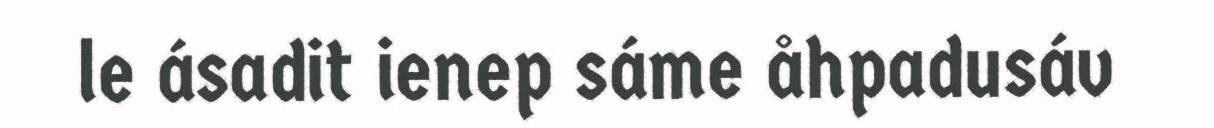
le ásadit ienep sáme åhpadusáv